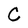
Character: C